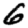
Digit: 6